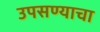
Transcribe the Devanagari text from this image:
उपसण्याचा